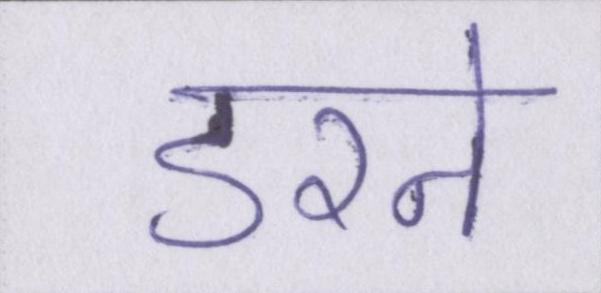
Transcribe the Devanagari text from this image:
डरने